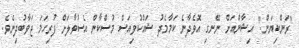
"ރަންކިޔަން." އިޝާންއަށް ނޭނގި އޮވެދާނެ ކަމާމެދު ޝައްކުވިއަސް މުސްކާން އެސުވާލަށް ފުރިހަމަ ޖަވާބުދިނެވެ.